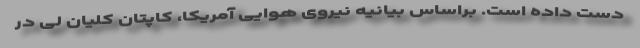
دست داده است. براساس بیانیه نیروی هوایی آمریکا، کاپتان کلیان لی در